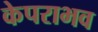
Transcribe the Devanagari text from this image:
केपराभव